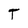
Character: T